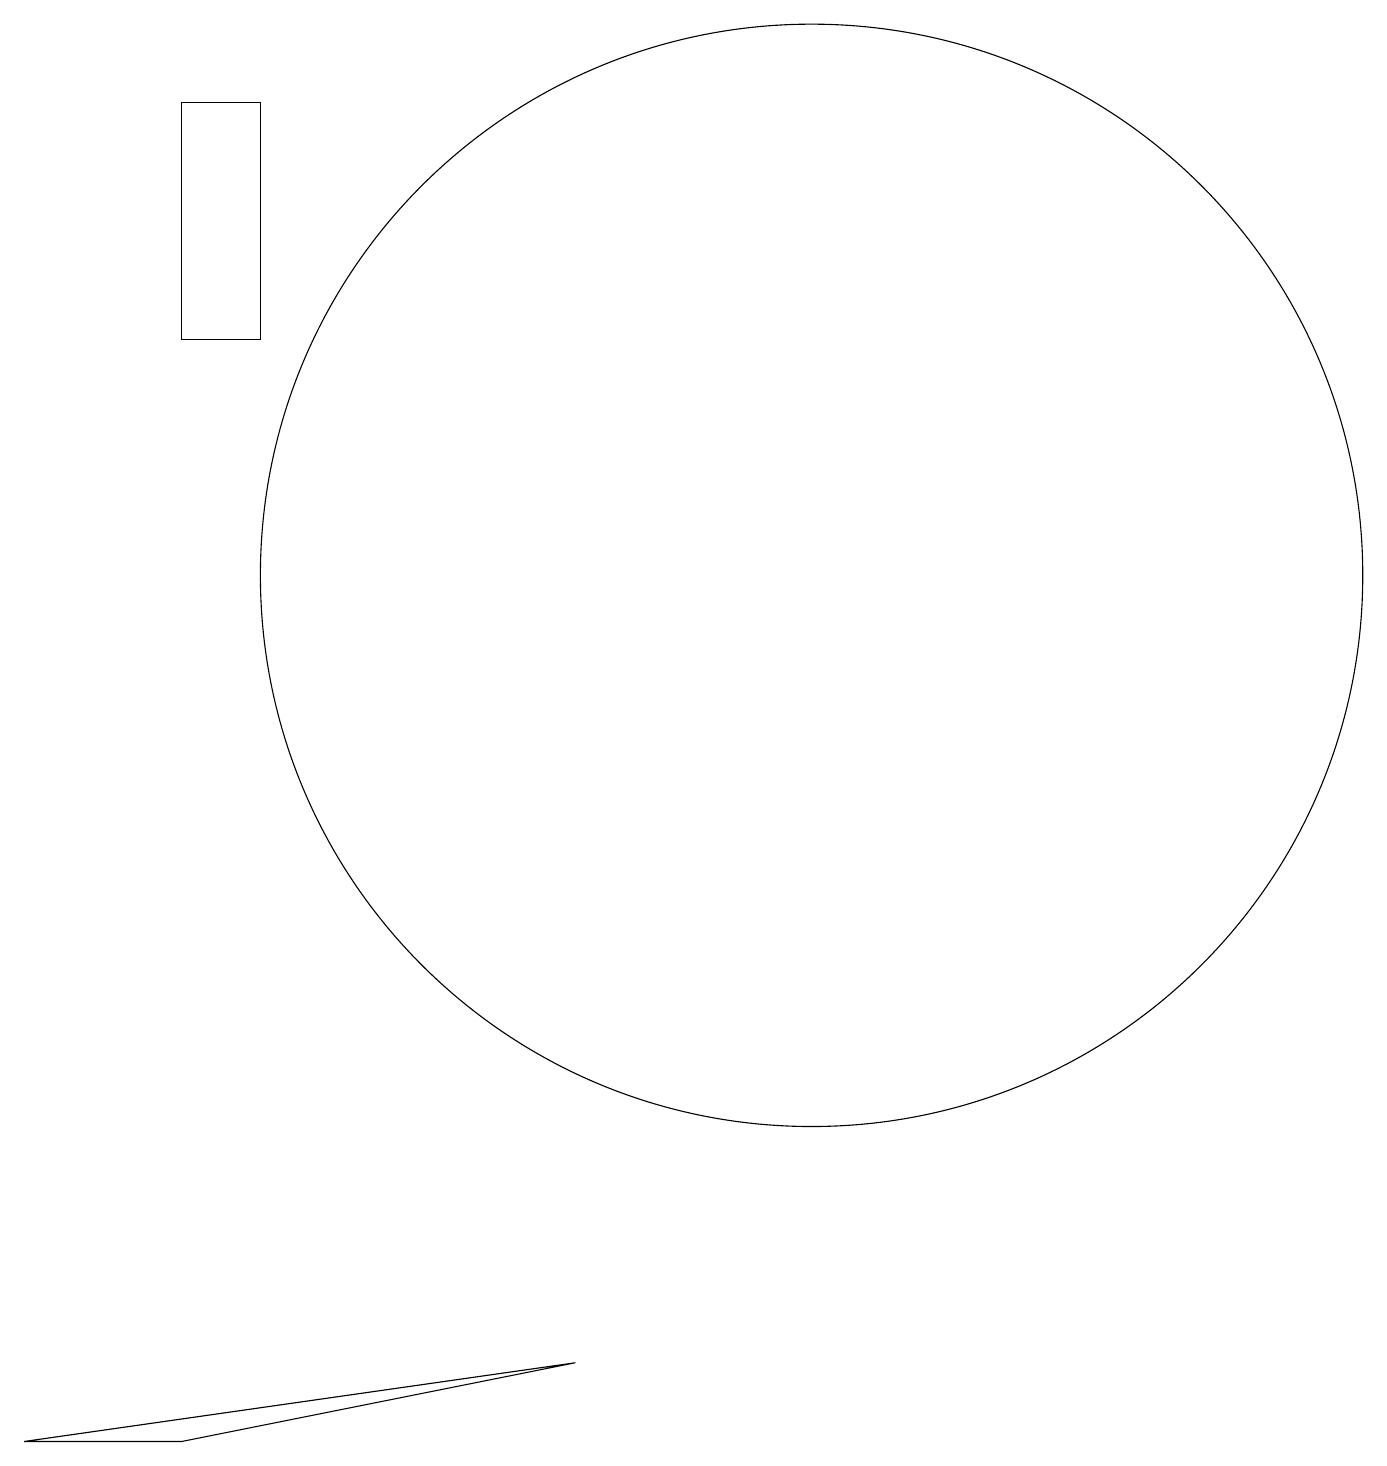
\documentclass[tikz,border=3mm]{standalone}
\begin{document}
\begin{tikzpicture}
\draw (7,1) -- (0,0) -- (2,0) -- cycle;
\draw (2,17) rectangle (3,14);
\draw (10,11) circle (7);
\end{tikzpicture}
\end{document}